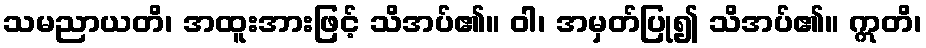
သမညာယတိ၊ အထူးအားဖြင့် သိအပ်၏။ ဝါ၊ အမှတ်ပြု၍ သိအပ်၏။ ဣတိ၊